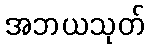
အဘယသုတ်